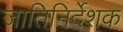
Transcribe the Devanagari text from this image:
जातिनिर्देशक